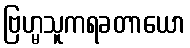
ဗြဟ္မသူကရခတာယော